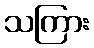
သကြား